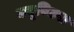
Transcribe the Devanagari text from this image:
क्यूविटस